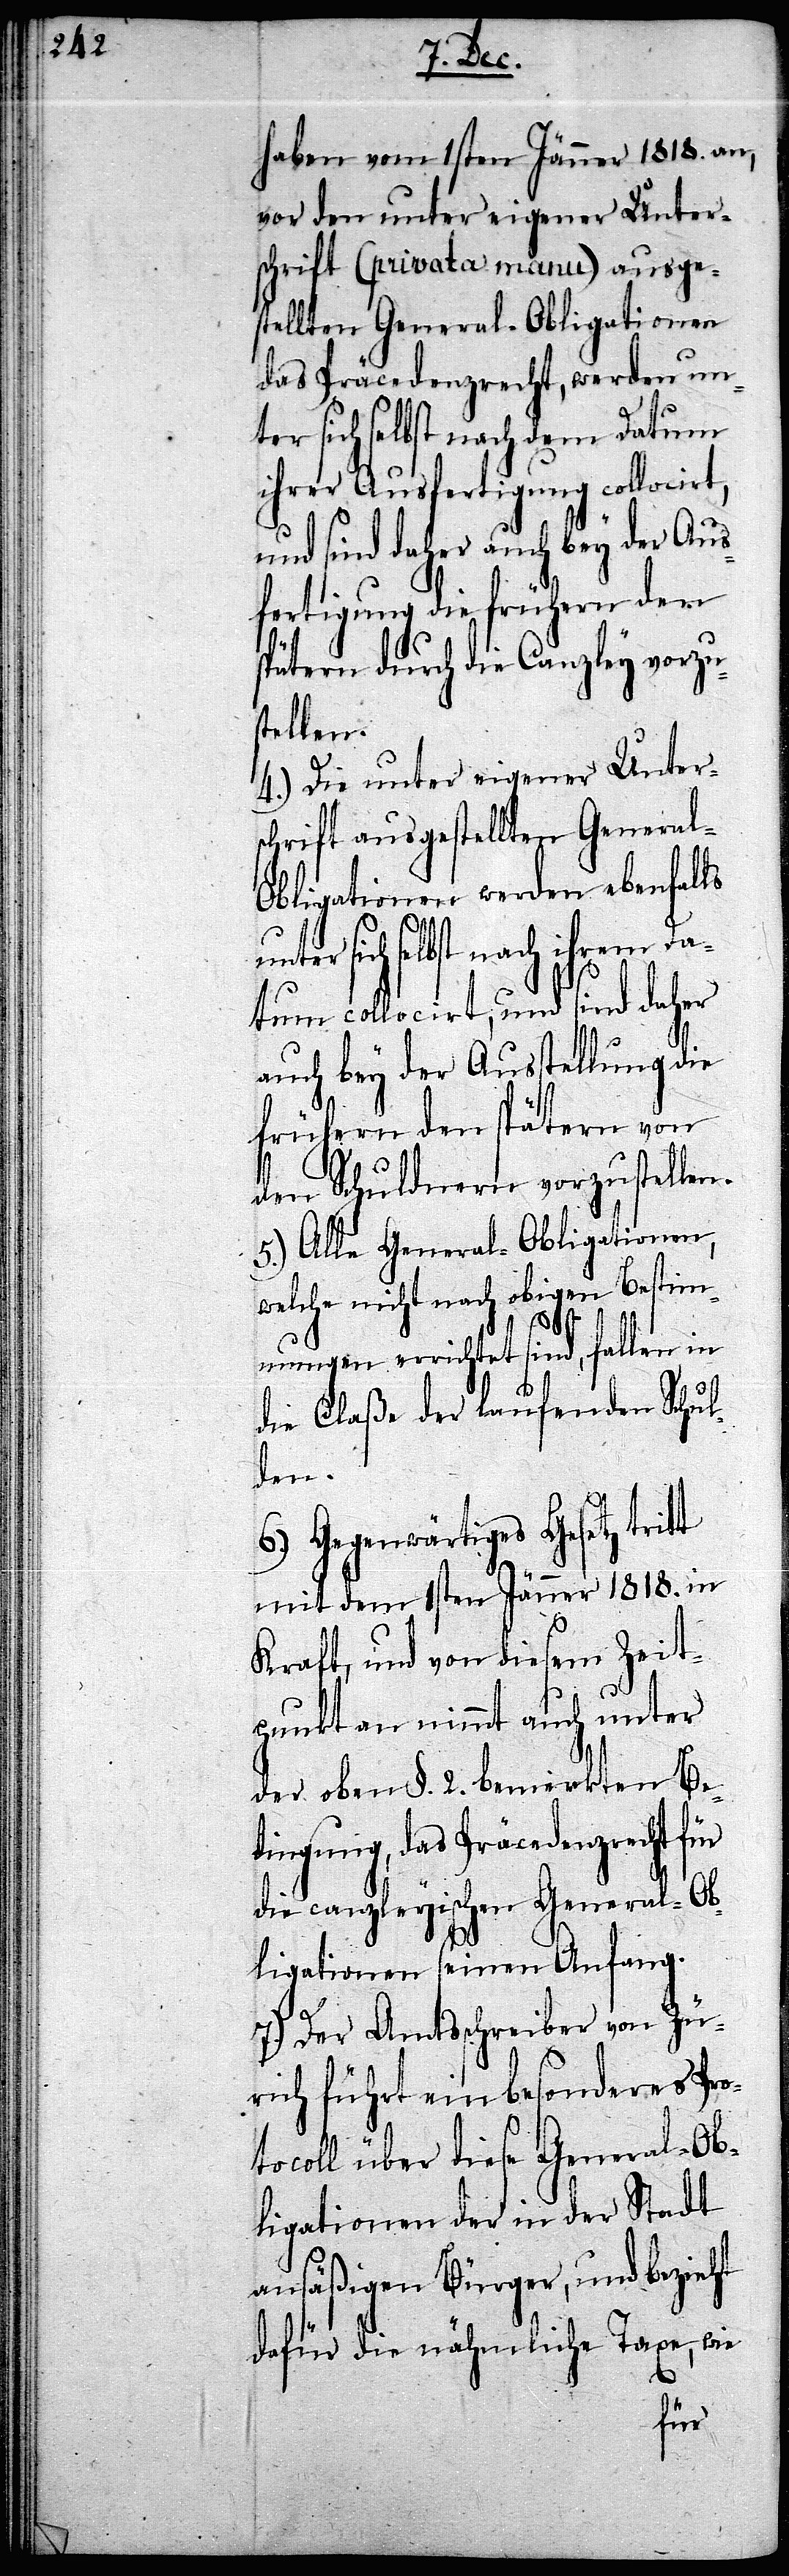
haben vom 1sten Jänner 1818. an,
vor den unter eigener Unter¬
schrift (privata manu) ausges¬
tellten General-Obligationen
das Präcedenzrecht, werden un¬
ter sich selbst nach dem Datum
ihrer Ausfertigung collocirt,
und sind daher auch bey der Aus¬
fertigung die frühern den
spätern durch die Canzley vorzu¬
stellen.
4.) Die unter eigener Unters¬
chrift ausgestellten General-O¬
bligationen werden ebenfalls
sich selbst nach ihrem Da¬
tum collocirt, und sind daher
auch bey der Ausstellung die
frühern den spätern von
den Schulden vorzustellen.
5.) Alle General-Obligationen,
welche nicht nach obigen Bestim¬
mungen errichtet sind, fallen
die Claße der laufenden Schul¬
den.
6.) Gegenwärtiges Gesetz tritt
mit dem 1sten Jänner 1818. in
Kraft, und von diesem Zeit¬
punkt an nimmt auch unter
der oben §. 2. bemerkten Be¬
dingung, das Präcedenzrecht für
die canzleyischen General-Ob¬
ligationen seinen Anfang.
7.) Der Amtsschreiber von Zü¬
rich führt ein besonderes Pro¬
tocoll über diese General-Ob¬
ligationen der in der Stadt
ansäßigen Bürger, und bezieht
dafür die nähmliche Taxe, wie